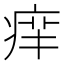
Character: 𤶪